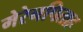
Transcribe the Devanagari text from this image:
मेरेनपिताह